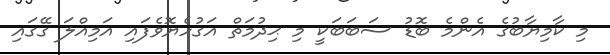
މި ކާމިޔާބުގެ އެންމެ ބޮޑު ސަބަބަކީ މި ޙިދުމަތް އަގުހެޔޮވެފައި އަމިއްލަ ގޭގައި